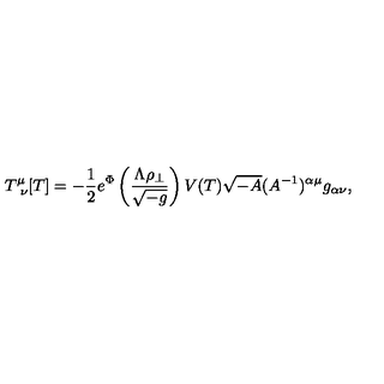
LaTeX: T _ { \ \nu } ^ { \mu } [ T ] = - { \frac { 1 } { 2 } } e ^ { \Phi } \left( { \frac { \Lambda \rho _ { \perp } } { \sqrt { - g } } } \right) V ( T ) \sqrt { - A } ( A ^ { - 1 } ) ^ { \alpha \mu } g _ { \alpha \nu } ,